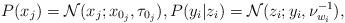
LaTeX: \begin{align*} P(x_j) = {\mathcal N}(x_j;x_{0_j},\tau_{0_j}), P(y_i|z_i) = {\mathcal N}(z_i;y_i,\nu_{w_i}^{-1}),\end{align*}